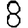
Digit: 8